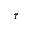
\bar { \tau }